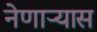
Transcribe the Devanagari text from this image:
नेणाऱ्यास